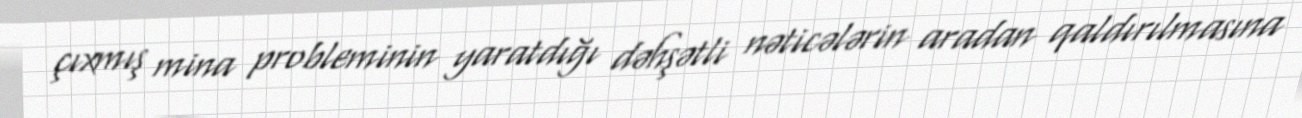
çıxmış mina probleminin yaratdığı dəhşətli nəticələrin aradan qaldırılmasına